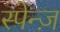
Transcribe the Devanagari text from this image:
स्पेन्ज़